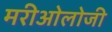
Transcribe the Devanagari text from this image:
मरीओलोजी